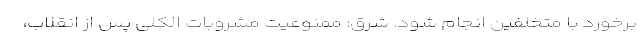
برخورد با متخلفین انجام شود. شرق: ممنوعیت مشروبات الکلی پس از انقلاب،